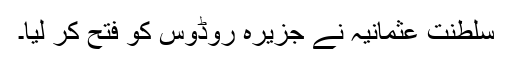
سلطنت عثمانیہ نے جزیرہ روڈوس کو فتح کر لیا۔